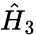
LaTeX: \hat{H}_{3}